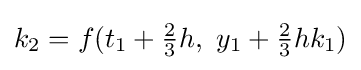
k_{2}=f(t_{1}+{\tfrac {2}{3}}h,\ y_{1}+{\tfrac {2}{3}}hk_{1})